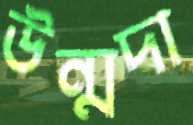
উন্মদা